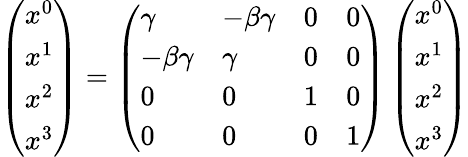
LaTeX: \left(\begin{array}{l}{x^{0}}\\ {x^{1}}\\ {x^{2}}\\ {x^{3}}\end{array}\right)=\left(\begin{array}{llll}{\gamma}&{-\beta\gamma}&{0}&{0}\\ {-\beta\gamma}&{\gamma}&{0}&{0}\\ {0}&{0}&{1}&{0}\\ {0}&{0}&{0}&{1}\end{array}\right)\left(\begin{array}{l}{x^{0}}\\ {x^{1}}\\ {x^{2}}\\ {x^{3}}\end{array}\right)